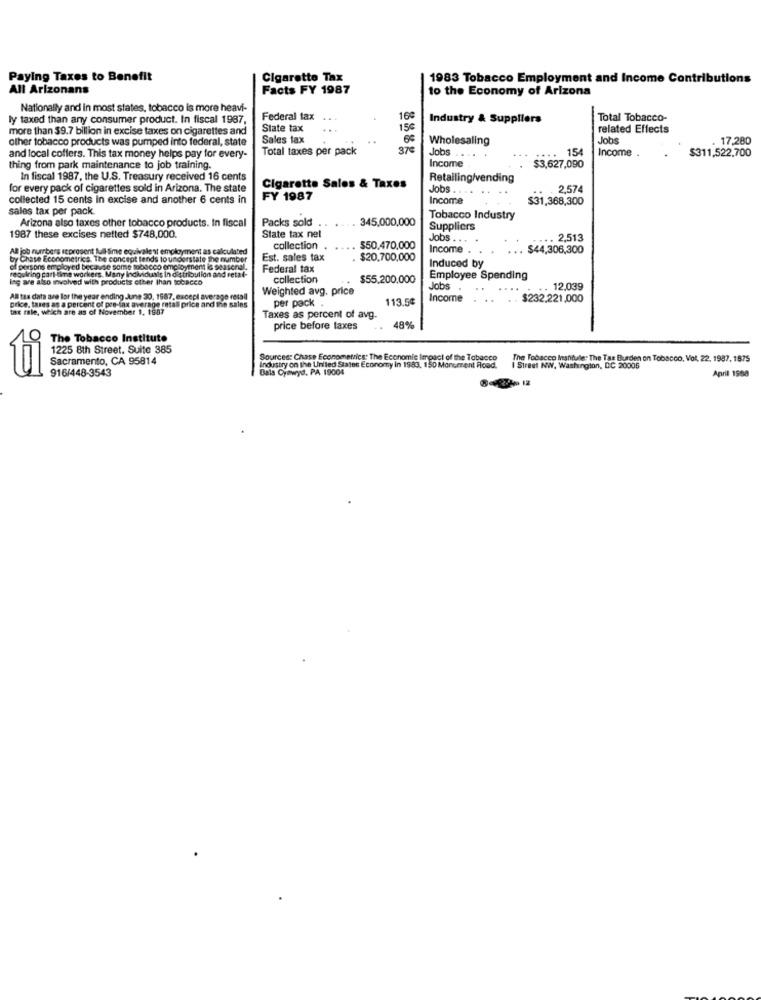
Paying Taxes to Benefit
Cigarette Tax
1983 Tobacco Employment and Income Contributions
All Arizonans
Facts FY 1987
to the Economy of Arizona
Nationally and in most states, tobacco is more heavi-
ly taxed than any consumer product. In fiscal 1987,
Federal tax
...
160
Industry & Suppliers
Total Tobacco-
more than $9.7 billion in excise taxes on cigarettes and
State tax
...
15€
related Effects
other tobacco products was pumped into federal, state
Sales tax
..
Wholesaling
Jobs
. 17,280
Total taxes per pack
37€
Jobs
. 154
Income
$311,522.700
and local coffers. This tax money helps pay for every-
Income
thing from park maintenance to job training.
$3,627,090
In fiscal 1987, the U.S. Treasury received 16 cents
Retailing/vending
for every pack of cigarettes sold in Arizona. The state
Cigarette Sales & Taxes
Jobs
2,57
collected 15 cents in excise and another 6 cents in
FY 1987
Income
$31,368,300
sales tax per pack.
Packs sold .
345,000,000
Tobacco Industry
Arizona also taxes other tobacco products. In fiscal
Suppliers
1987 these excises netted $748,000.
State tax nel
Jobs . .. .
. 2,513
Al job numbers seprosent full-time equivalent employment as calculated
collection
. ..
$50.470,000
Income
....
$44,306,300
by Chase Econometrics. The concept tends to understate the number
Est. sales tax
$20,700,000
Induced by
of persons employed because some tobacco employment is sessenal.
requiring part time workers. Many Individuals In distribution and retal-
Federal tax
lag are also involved with products other than tobacco
collection
$55.200,000
Employee Spending
Weighted avg. price
Jobs
12,039
price, tares as a percent of pre-lax average ratall price and the sales
Al tas data ave lor the year ending June 30, 1987, except average retail
per pack .
113.5¢
Income
$232.221,000
tax sale, which are as of November 1, 1987
Taxes as percent of avg.
price before taxes
48%
The Tobacco Institute
1225 8th Street. Suite 385
Sacramento, CA 95814
Sources: Chase Econometrics: The Economic Impact of the Tobacco
The Tobacco Inannule: The Tax Burden on Tobacco, Vol. 22, 1987, 1875
916/448-3543
Bala Cynwyd, PA 19004
Industry on the United States Economy in 1983. 150 Morceent Road.
I Street NW, Washington, DC 20005
April 1958